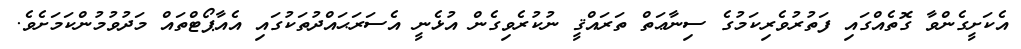
އެކަށީގެންވާ ގޮތެއްގައި ފަތުރުވެރިކަމުގެ ސިނާޢަތް ތަރައްޤީ ނުކުރެވިގެން އުޅެނީ އެސަރަޙައްދުތަކުގައި އެއާޕޯޓްތައް މަދުވުމުންކަމަށެވެ.